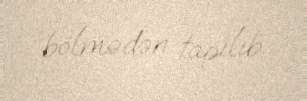
bölmədən tapılıb.